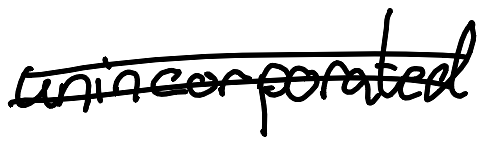
Text: unincorporated
Cross-out: double-line
Writing tool: digital_black